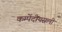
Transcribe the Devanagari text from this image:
कम्पेंदीयसली